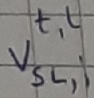
Text: t,l Vsl,i